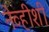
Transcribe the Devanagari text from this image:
नेव्हीशी